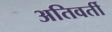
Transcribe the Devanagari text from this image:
अतिवर्ती